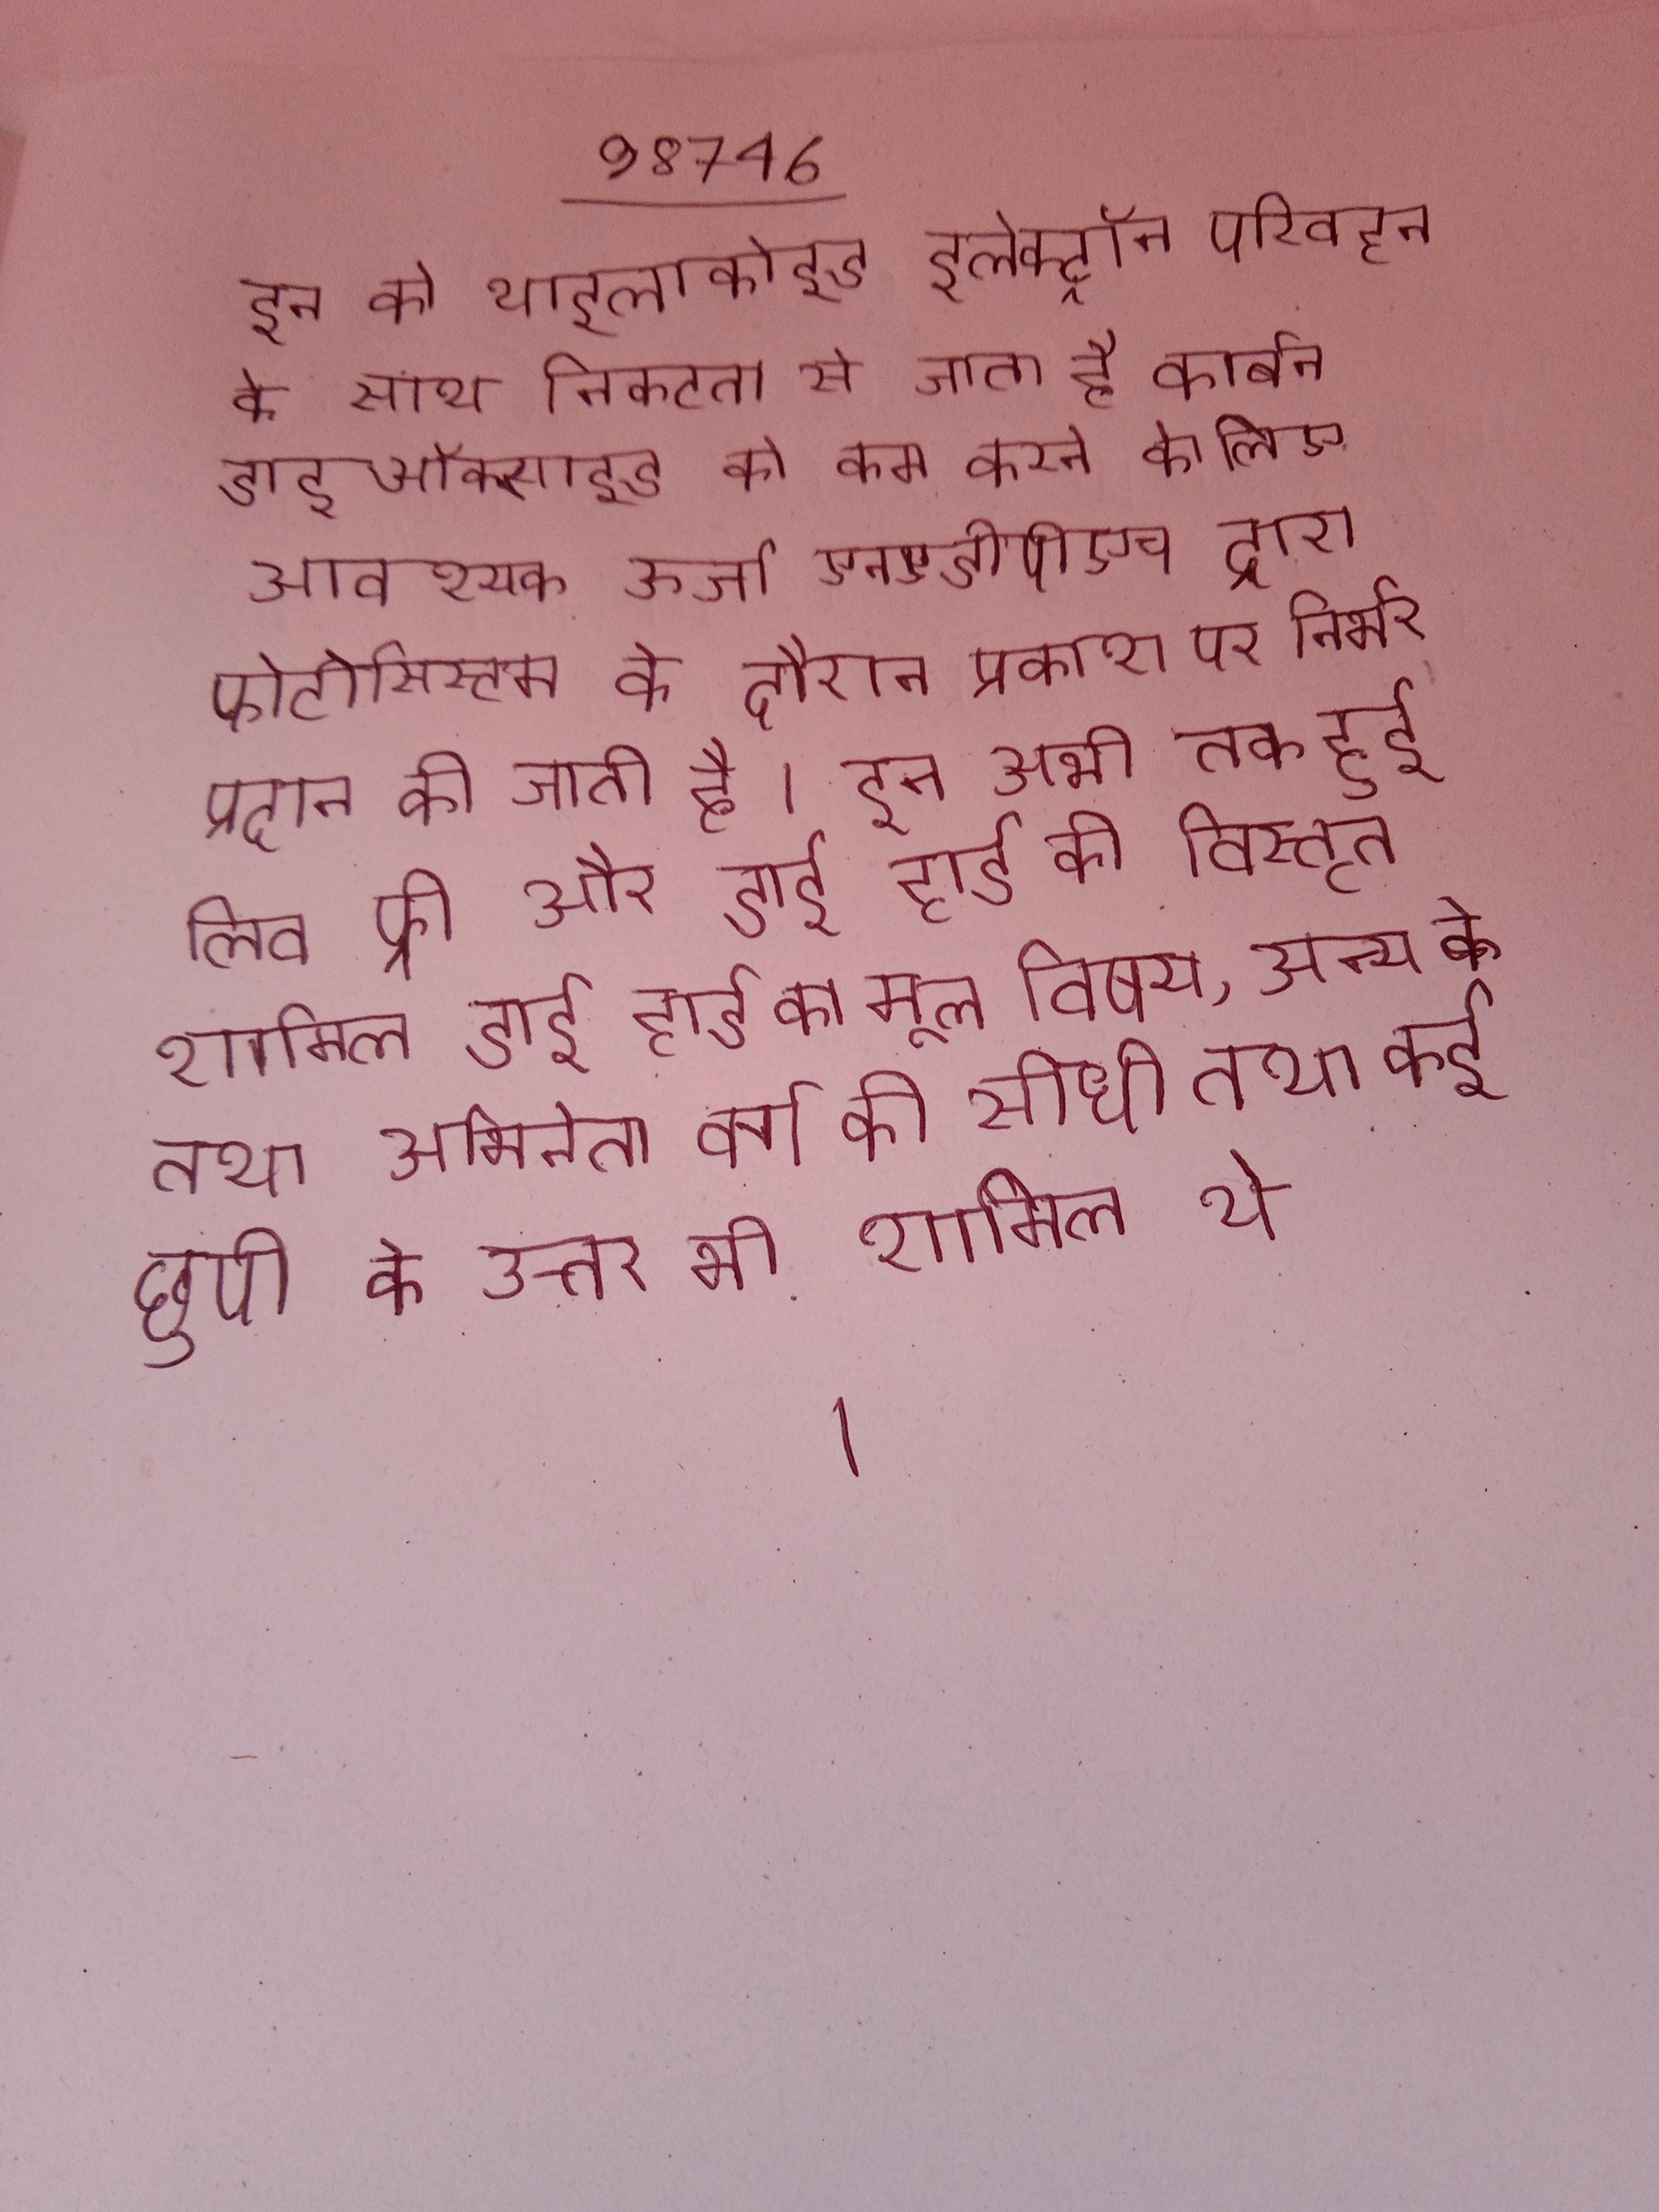
इन को थाइलाकोइड इलेक्ट्रॉन परिवहन के साथ निकटता से जाता है कार्बन डाइऑक्साइड को कम करने के लिए आवश्यक ऊर्जा एनएडीपीएच द्वारा फोटोसिस्टम के दौरान प्रकाश पर निर्भर प्रदान की जाती है । इन अभी तक हुई लिव फ्री और डाई हार्ड की विस्तृत शामिल डाई हार्ड का मूल विषय, अन्य के तथा अभिनेता वर्ग की सीधी तथा कई छुपी के उत्तर भी शामिल थे ।